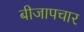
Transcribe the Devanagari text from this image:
बीजापचार